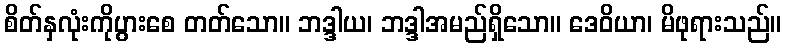
စိတ်နှလုံးကိုပွားစေ တတ်သော။ ဘဒ္ဒါယ၊ ဘဒ္ဒါအမည်ရှိသော။ ဒေဝိယာ၊ မိဖုရားသည်။